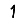
Digit: 1